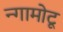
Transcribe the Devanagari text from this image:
न्गामोटू